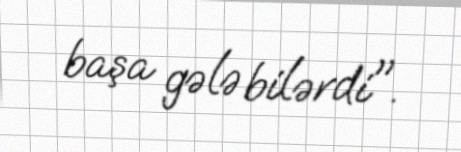
başa gələ bilərdi".